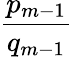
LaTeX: \frac{p_{m-1}}{q_{m-1}}